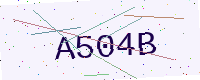
Text: A504B